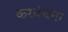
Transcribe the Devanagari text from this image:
करवंचना